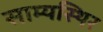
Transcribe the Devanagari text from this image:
साम्यस्थिर